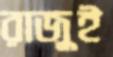
রাজুই